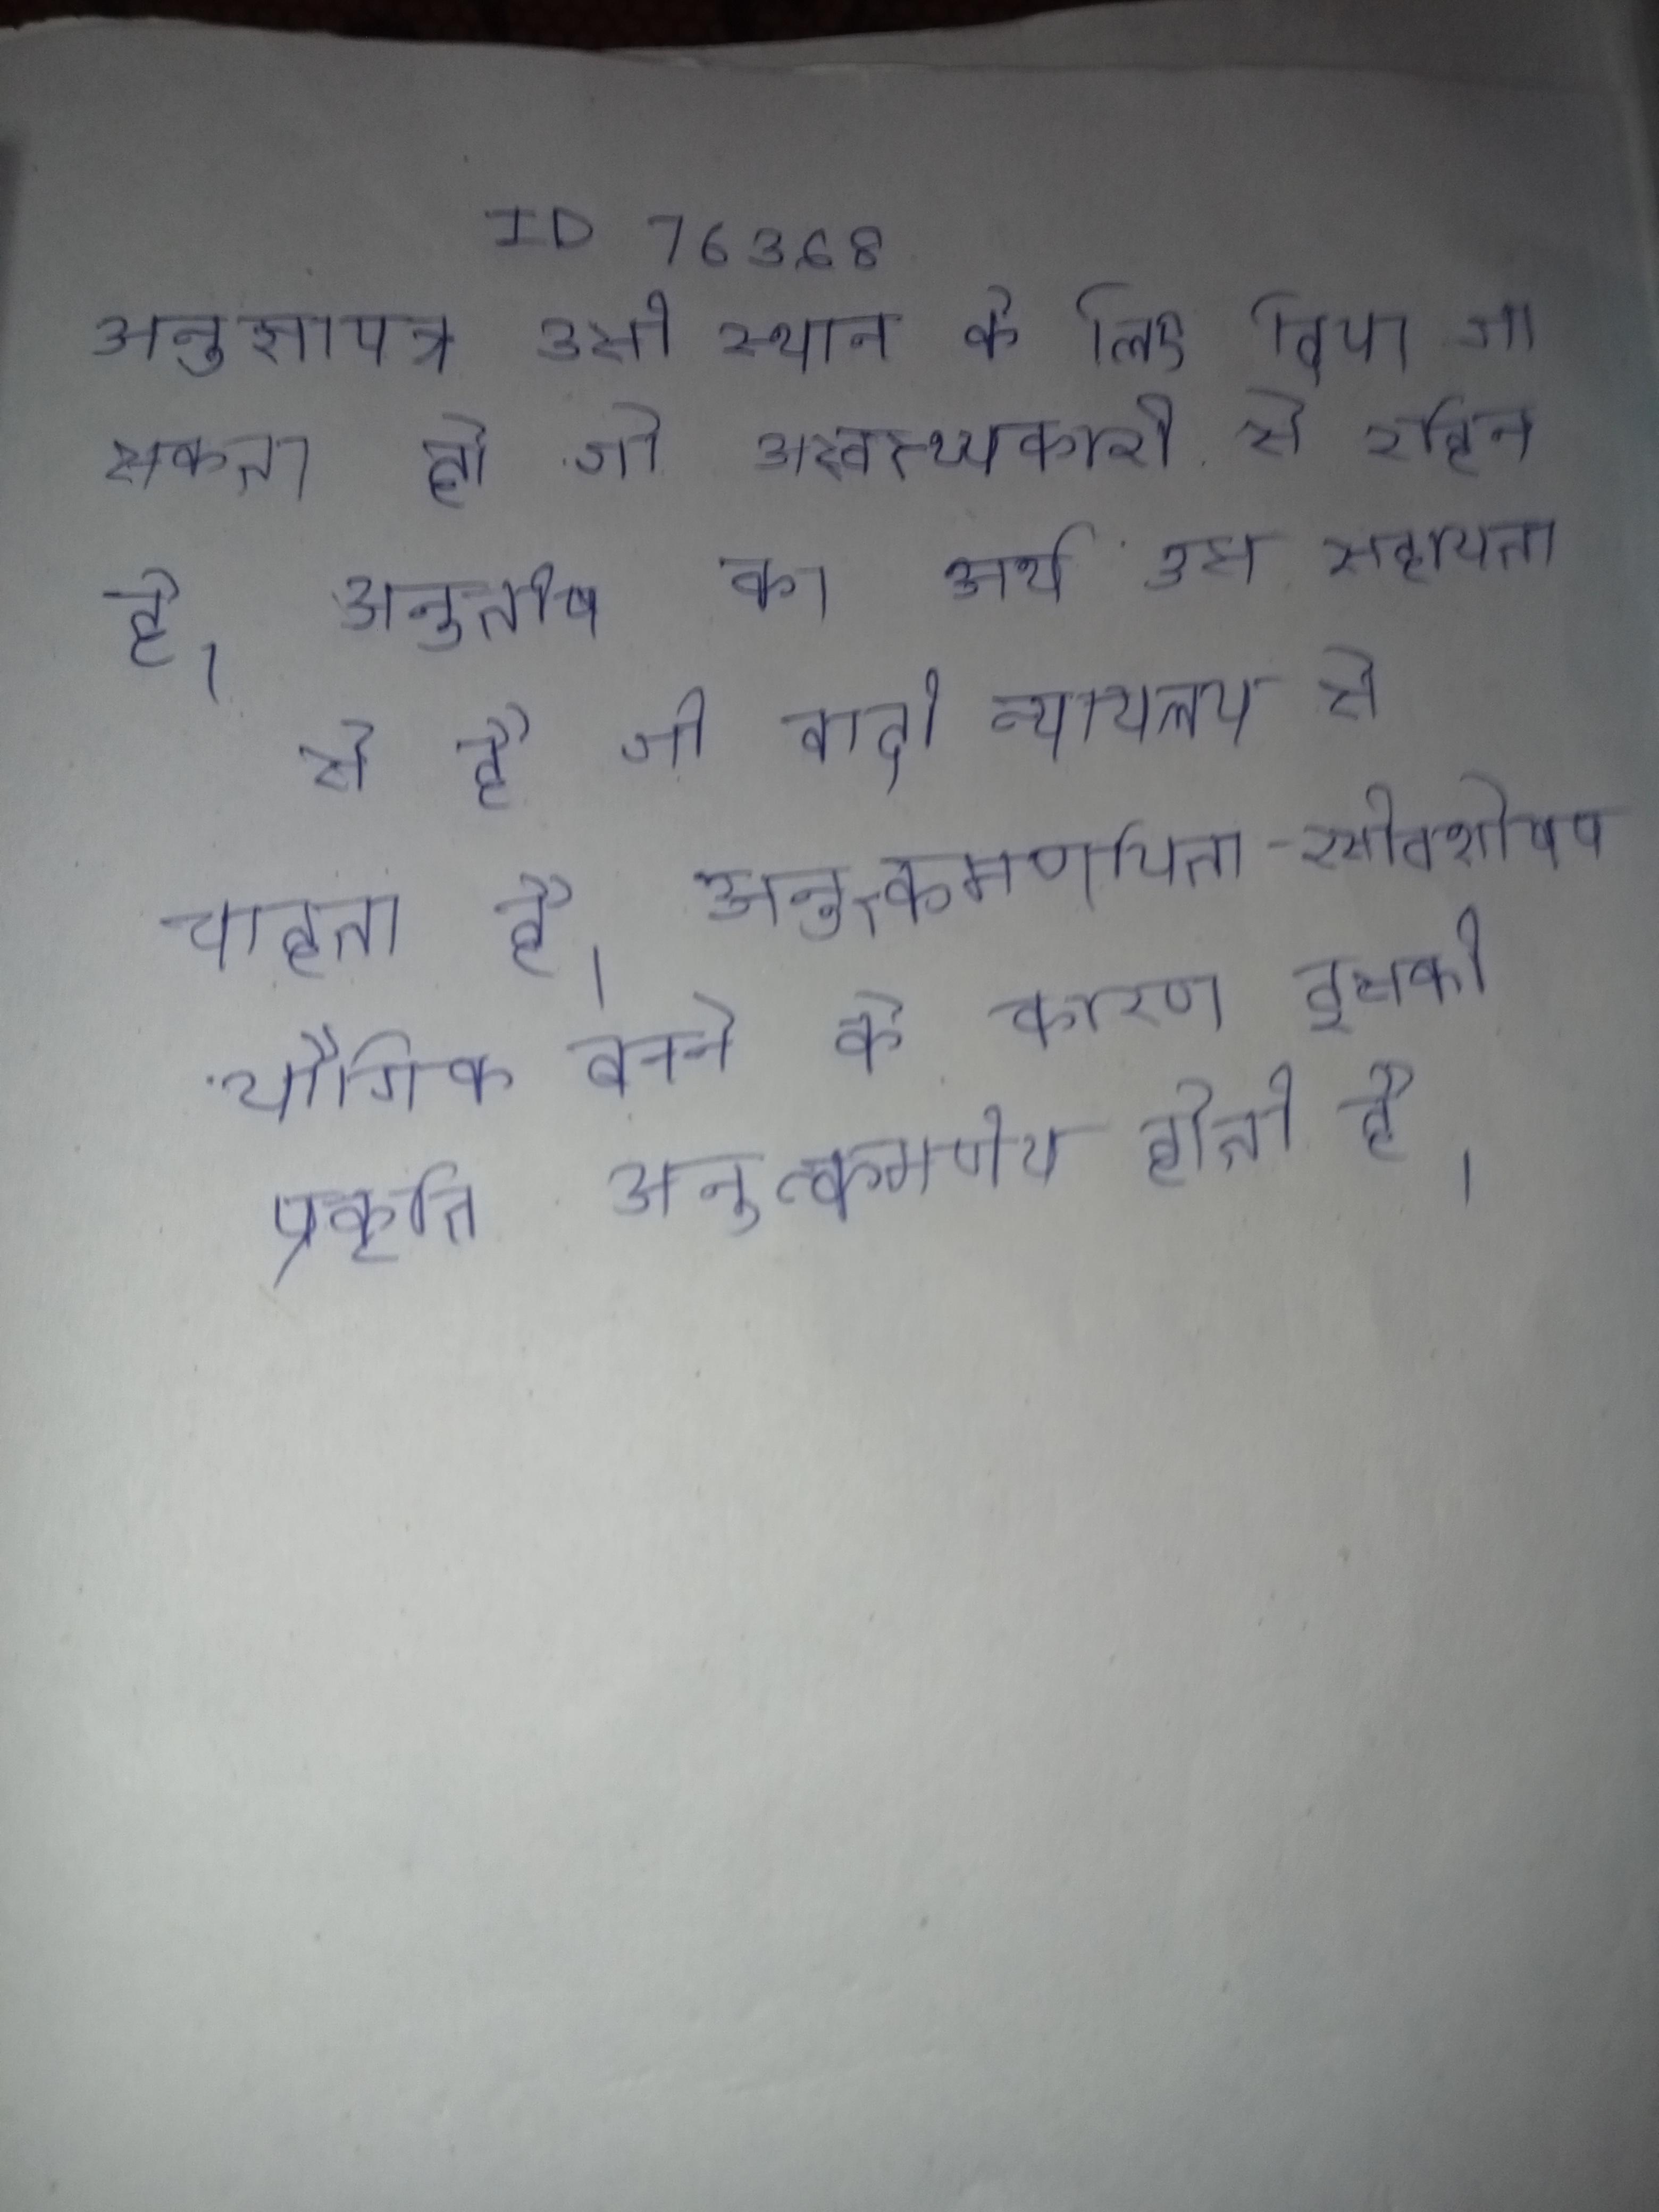
अनुज्ञापत्र उसी स्थान के लिए दिया जा सकता है जो अस्वास्थ्यकारी से रहित हो । अनुतोष का अर्थ उस सहायता से है जो वादी न्यायालय से चाहता है । अनुत्कमर्णायता - रसोवशोषण यौगिक बनने के कारण इसको प्रकृति अनुत्कमणीय होती है ।